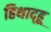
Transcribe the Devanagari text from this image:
हिथाद्हू